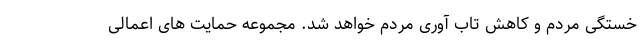
خستگی مردم و کاهش تاب آوری مردم خواهد شد. مجموعه حمایت های اعمالی